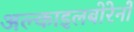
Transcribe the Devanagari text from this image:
अल्काइलबोरेनों